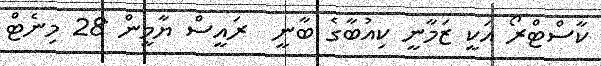
ކާސްޓްރޯ އަކީ ޒަމާނީ ކިއުބާގެ ބާނީ  ރައީސް ޔާމީން 28 މިނެޓް